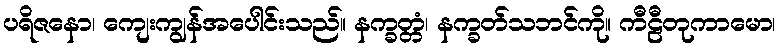
ပရိဇနော၊ ကျေးကျွန်အပေါင်းသည်။ နက္ခတ္တံ၊ နက္ခတ်သဘင်ကို။ ကီဠီတုကာမော၊